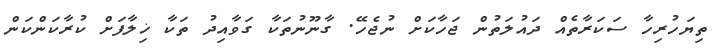
ތިޔަހުރިހާ ސަކަރާތެއް ދައުލަތުން ޖަހާކަށް ނުޖެހޭ. ގާނޫނުތަކާ ގަވާއިދު ތަކާ ޚިލާފަށް ކުރާކަންކަން